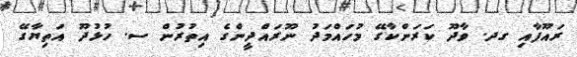
ރައޫފާއި ގދ. ވާދޫ ކަރަންކާގޭ މުހައްމަދު ނޫރައްދީންގެ އިތުރުން ސ. ހުޅުދޫ އަތިޔާގޭ